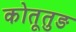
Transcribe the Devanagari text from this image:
कोतूतुङ